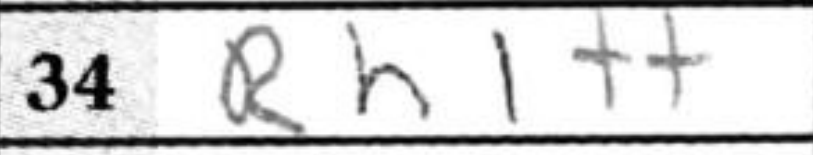
Transcription: Rh1++